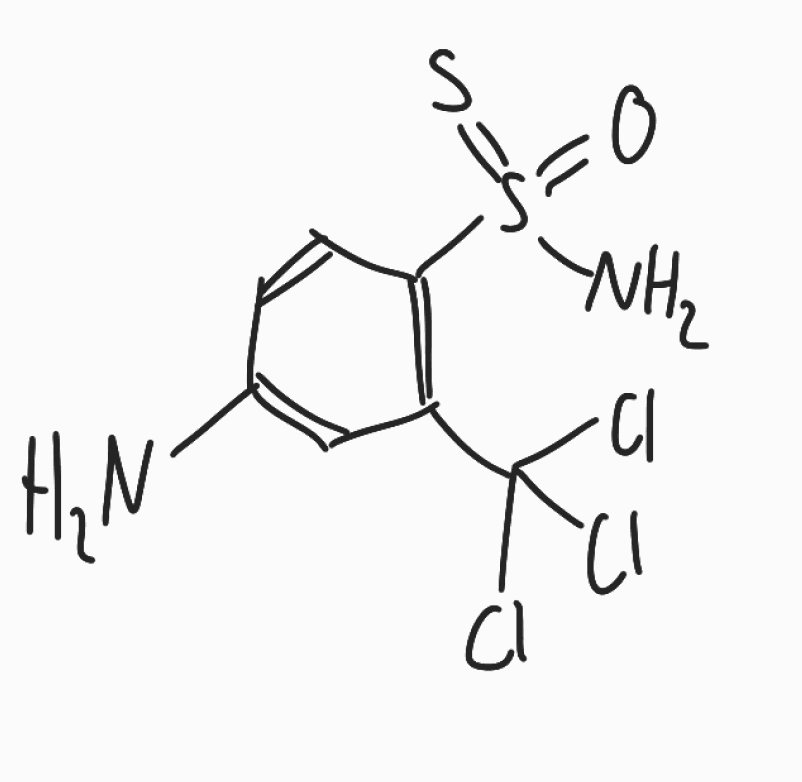
Simplified molecular-input line-entry system (SMILES) notation of the given molecule:
C1=CC(=C(C=C1N)C(Cl)(Cl)Cl)S(=O)(=S)N